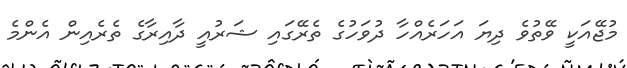
މުޖޭއަކީ ވޭތުވެ ދިޔަ އަހަރެއްހާ ދުވަހުގެ ތެރޭގައި ޝަރުއީ ދާއިރާގެ ތެރެއިން އެންމެ